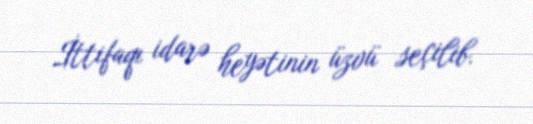
İttifaqı idarə heyətinin üzvü seçilib.